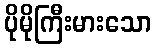
ပိုမိုကြီးမားသော